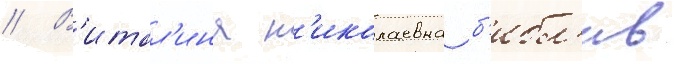
// В'итал'ина н'иколаевна б'ибл'ив